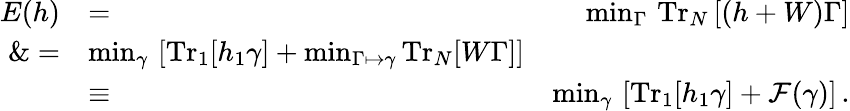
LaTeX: \begin{array}{rlr}{E(h)}&{=}&{\operatorname*{min}_{\Gamma}\, \mathrm{Tr}_{N}\left[(h+W)\Gamma\right]}\\ {\& =}&{\operatorname*{min}_{\gamma}\, \left[\mathrm{Tr}_{1}[h_{1}\gamma]+\operatorname*{min}_{\Gamma\mapsto\gamma}\mathrm{Tr}_{N}[W\Gamma]\right]}\\ &{\equiv}&{\operatorname*{min}_{\gamma}\, \left[\mathrm{Tr}_{1}[h_{1}\gamma]+\mathcal{F}(\gamma)\right]\, .}\end{array}